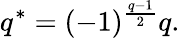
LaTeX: q^{*}=(-1)^{\frac{q-1}{2}}q.